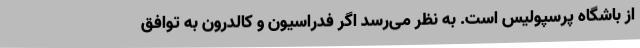
از باشگاه پرسپولیس است. به نظر می‌رسد اگر فدراسیون و کالدرون به توافق